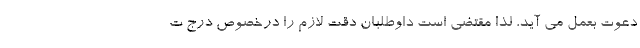
دعوت بعمل می آید، لذا مقتضی است داوطلبان دقت لازم را درخصوص درج ت